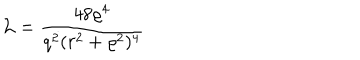
{ \cal L } = \frac { 4 8 \varrho ^ { 4 } } { q ^ { 2 } ( r ^ { 2 } + \varrho ^ { 2 } ) ^ { 4 } }